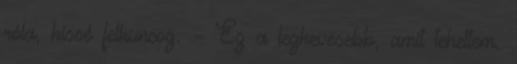
róla, kissé felkuncog. – Ez a legkevesebb, amit tehettem.